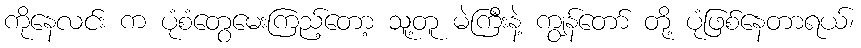
ကိုနေလင်း က ပုံစံတွေမေးကြည့်တော့ သူ့တူ မဲကြီးနဲ့ ကျွန်တော် တို့ ပုံဖြစ်နေတာရယ်၊